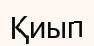
Қиып